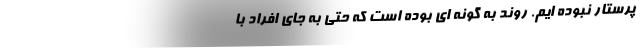
پرستار نبوده ایم. روند به گونه ای بوده است که حتی به جای افراد با